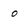
Character: 0